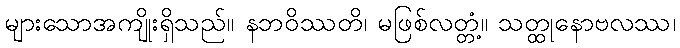
များသောအကျိုးရှိသည်။ နဘဝိဿတိ၊ မဖြစ်လတ္တံ့။ သတ္ထုနောဗလဿ၊